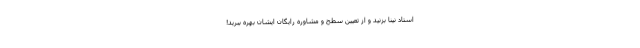
استاد نینا بزنید و از تعیین سطح و مشاوره رایگان ایشان بهره ببرید!